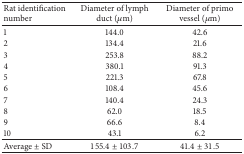
| Rat identification number | Diameter of lymph duct (μm) | Diameter of primo vessel (μm) |
 | --- | --- | --- |
 | 1 | 144.0 | 42.6 |
 | 2 | 134.4 | 21.6 |
 | 3 | 253.8 | 88.2 |
 | 4 | 380.1 | 91.3 |
 | 5 | 221.3 | 67.8 |
 | 6 | 108.4 | 45.6 |
 | 7 | 140.4 | 24.3 |
 | 8 | 62.0 | 18.5 |
 | 9 | 66.6 | 8.4 |
 | 10 | 43.1 | 6.2 |
 | Average ± SD | 155.4 ± 103.7 | 41.4 ± 31.5 |